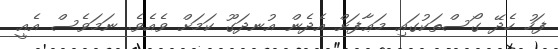
ފަހު ހެދޭ ގޯސްތަަކުގައި މަޢާފަށް އެދެން އުނދަގޫ ކަމަށް ވެއެވެ. ނަމަވެސް އެއީ